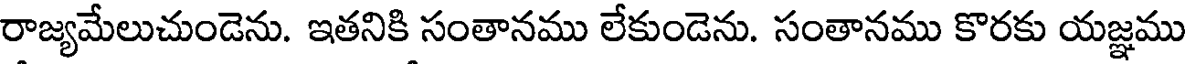
రాజ్యమేలుచుండెను. ఇతనికి సంతానము లేకుండెను. సంతానము కొరకు యజ్ఞము